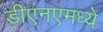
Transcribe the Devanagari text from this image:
डीएनएमध्ये